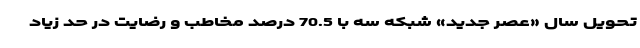
تحویل سال «عصر جدید» شبکه سه با 70.5 درصد مخاطب و رضایت در حد زیاد